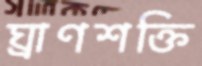
ঘ্রাণশক্তি